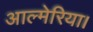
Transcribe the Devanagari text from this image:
आल्मेरिया।